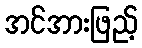
အင်အားဖြည့်